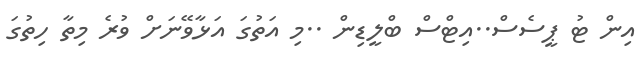
އިން ޓު ޕީސެސް..އިޓްސް ބްލީޑިން ..މި އަތުގަ އަޅާވޭނަށް ވުރެ މިތާ ހިތުގަ